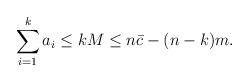
LaTeX: \begin{align*} \sum_{i=1}^{k}a_{i}\leq kM\leq n\bar{c}-(n-k)m.\end{align*}